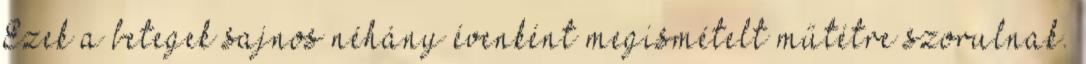
Ezek a betegek sajnos néhány évenként megismételt műtétre szorulnak.